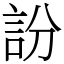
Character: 訜